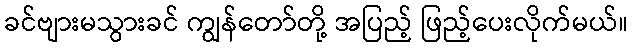
ခင်ဗျားမသွားခင် ကျွန်တော်တို့ အပြည့် ဖြည့်ပေးလိုက်မယ်။